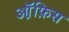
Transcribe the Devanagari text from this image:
ऑ़फ़िस